Sketch of the medical history of the native army of Bombay, for the year
Year: 1875
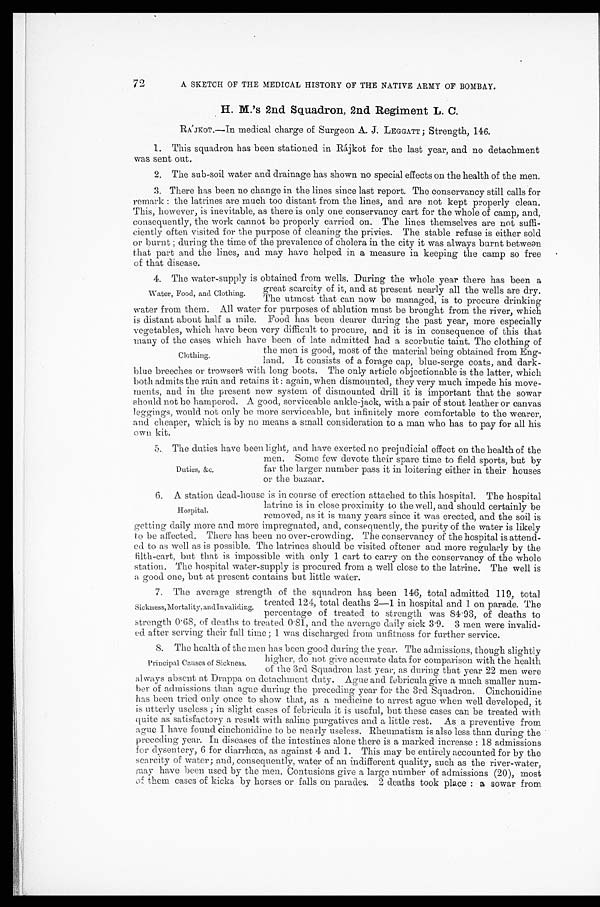
72
A SKETCH OF THE MEDICAL HISTORY OF THE NATIVE ARMY OF BOMBAY.
H. M.'s 2nd Squadron, 2nd Regiment L. C.
RAJKOT.—In medical charge of Surgeon A. J. LEGGATT; Strength, 146.
1. This squadron has been stationed in Rájkot for the last year, and no detachment
was sent out.
2. The sub-soil water and drainage has shown no special effects on the health of the men.
3. There has been no change in the lines since last report. The conservancy still calls for
remark: the latrines are much too distant from the lines, and are not kept properly clean.
This, however, is inevitable, as there is only one conservancy cart for the whole of camp, and,
consequently, the work cannot be properly carried on. The lines themselves are not suffi
- c i e n t l y o f t e n v i s i t e d f o r t h e p u r p o s e o f c l e a n i n g t h e p r i v i e s . T h e s t a b l e r e f u s e i s e i t h e r s o l d
or burnt; during the time of the prevalence of cholera in the city it was always burnt between
that part and the lines, and may have helped in a measure in keeping the camp so free
of that disease.
4. The water-supply is obtained from wells. During the whole year there has been a
great scarcity of it, and at present nearly all the wells are dry.
The utmost that can now be managed, is to procure drinking
water from them. All water for purposes of ablution must be brought from the river, which
is distant about half a mile. Food has been dearer during the past year, more especially
vegetables, which have been very difficult to procure, and it is in consequence of this that
many of the cases which have been of late admitted had a scorbutic taint. The clothing of
the men is good, most of the material being obtained from Eng
-land. It consists of a forage cap, blue-serge coats, and dark-
blue breeches or trowsers with long boots. The only article objectionable is the latter, which
both admits the rain and retains it: again, when dismounted, they very much impede his move--
ments, and in the present new system of dismounted drill it is important that the sowar
should not be hampered. A good, serviceable ankle-jack, with a pair of stout leather or canvas
leggings, would not only be more serviceable, but infinitely more comfortable to the wearer,
and cheaper, which is by no means a small consideration to a man who has to pay for all his
own kit.
5 . T h e d u t i e s h a v e b e e n l i g h t , a n d h a v e e x e r t e d n o p r e j u d i c i a l e f f e c t o n t h e h e a l t h o f t h e
men. Some few devote their spare time to field sports, but by
far the larger number pass it in loitering either in their houses
or the bazaar.
6. A station dead-house is in course of erection attached to this hospital. The hospital
latrine is in close proximity to the well, and should certainly be
removed, as it is many years since it was erected, and the soil is
getting daily more and more impregnated, and, consequently, the purity of the water is likely
to be affected. There has been no over-crowding. The conservancy of the hospital is attend
-ed to as well as is possible. The latrines should be visited oftener and more regularly by the
filth-cart, but that is impossible with only 1 cart to carry on the conservancy of the whole
station. The hospital water-supply is procured from a well close to the latrine. The well is
a good one, but at present contains but little water.
7. The average strength of the squadron has been 146, total admitted 119, total
treated 124, total deaths 2—1 in hospital and 1 on parade. The
percentage of treated to strength was 84.93, of deaths to
strength 0.68, of deaths to treated 0.81, and the average daily sick 3.9. 3 men were invalid--
ed after serving their full time; 1 was discharged from unfitness for further service.
8. The health of the men has been good during the year. The admissions, though slightly
higher, do not give accurate data for comparison with the health
of the 3rd Squadron last year; as during that year 22 men were
always absent at Drappa on detachment duty. Ague and febricula give a much smaller num-
ber of admissions than ague during the preceding year for the 3rd Squadron. Cinchonidine
has been tried only once to show that, as a medicine to arrest ague when well developed, it
is utterly useless; in slight cases of febricula it is useful, but these cases can be treated with
quite as satisfactory a result with saline purgatives and a little rest. As a preventive from
ague I have found cinchonidine to be nearly useless. Rheumatism is also less than during the
preceding year. In diseases of the intestines alone there is a marked increase: 18 admissions
for dysentery, 6 for diarrhœa, as against 4 and 1. This may be entirely accounted for by the
scarcity of water; and, consequently, water of an indifferent quality, such as the river-water,
may have been used by the men. Contusions give a large number of admissions (20), most
of them cases of kicks by horses or falls on parades. 2 deaths took place: a sowar from
Water. Food, and Clothing.
Clothing.
Duties, &c.
Hospital.
Sickness, Mortality, and Invaliding.
Principal Causes of Sickness.